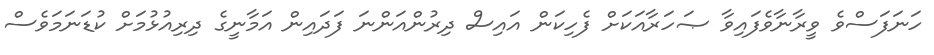
ހަނަފަސްވެ ވީރާނާވެފައިވާ ޞަހަރާއަކަށް ފެހިކަން އައިސް ދިރުންއަންނަ ފަދައިން އަމާނީގެ ދިރިއުޅުމަށް ކުޑަނަމަވެސް